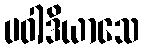
ပဝါဒိယာသေ